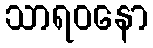
သာရဝနော